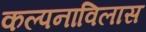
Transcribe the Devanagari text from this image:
कल्पनाविलास